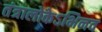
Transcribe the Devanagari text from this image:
तंत्रालोकेऽभिनव